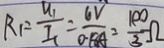
R _ { 1 } = \frac { U _ { 1 } } { I _ { 1 } } = \frac { 6 V } { 0 . 5 A } = \frac { 1 0 0 } { 3 } \Omega